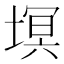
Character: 塓